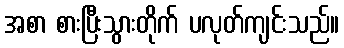
အစာ စားပြီးသွားတိုက် ပလုတ်ကျင်းသည်။